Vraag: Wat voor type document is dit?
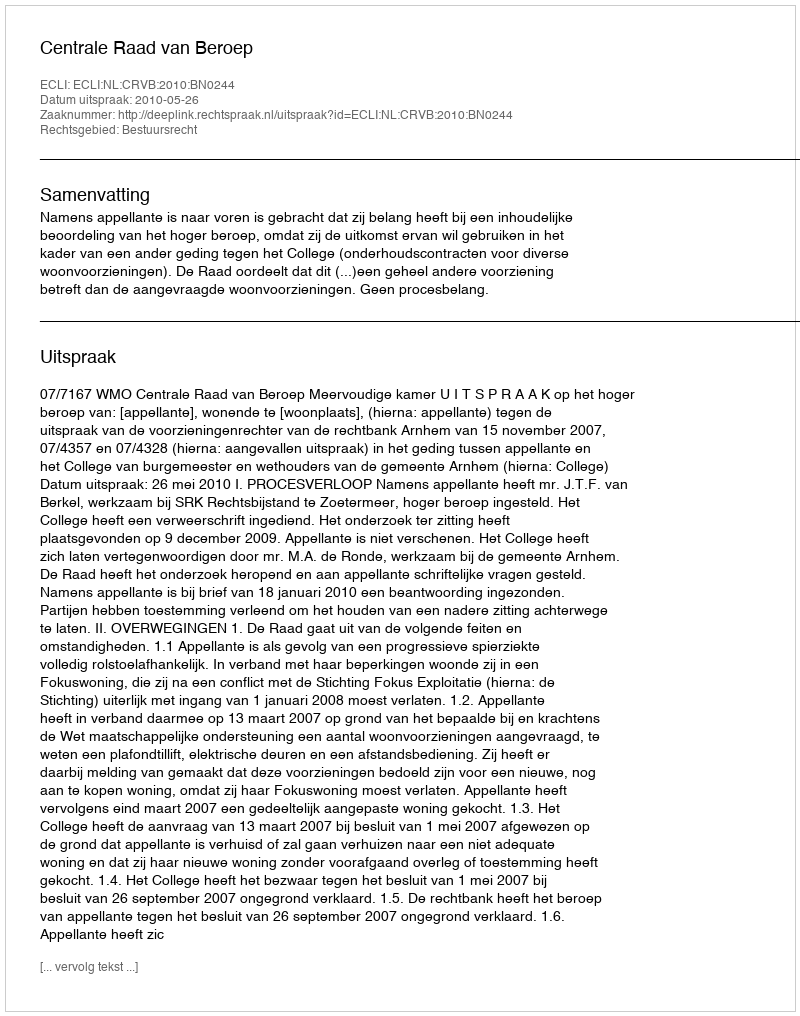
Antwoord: Uitspraak